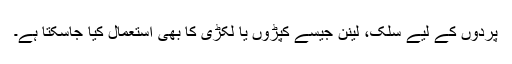
پردوں کے لیے سلک، لینن جیسے کپڑوں یا لکڑی کا بھی استعمال کیا جاسکتا ہے۔